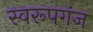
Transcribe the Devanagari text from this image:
स्वरूपगंज